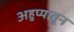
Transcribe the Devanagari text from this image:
अहुप्यातून